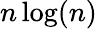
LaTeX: n\log(n)